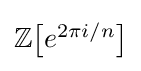
\textstyle \mathbb {Z} {\bigl [}e^{2\pi i/n}{\bigr ]}